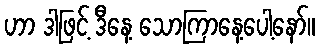
ဟာ ဒါဖြင့် ဒီနေ့ သောကြာနေ့ပေါ့နော်။